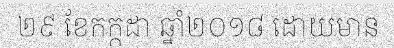
២៩ ខែកក្កដា ឆ្នាំ២០១៨ ដោយមាន